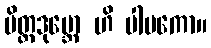
မိတ္တဒုဗ္ဘော ဟိ ပါပကော။